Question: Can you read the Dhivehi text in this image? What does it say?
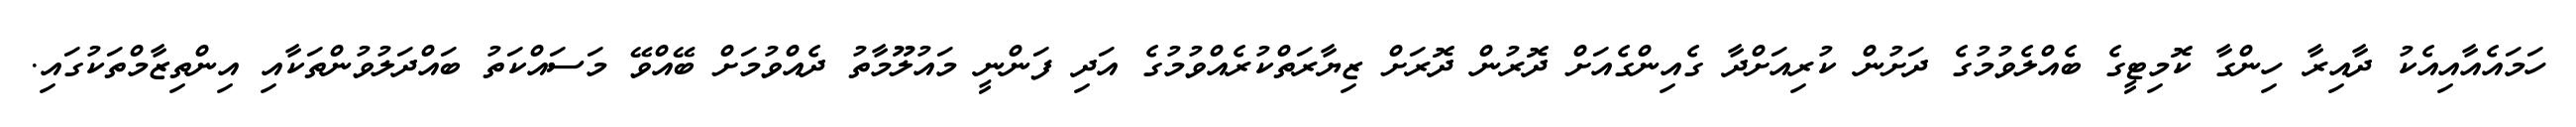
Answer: ހަމައެއާއިއެކު ދާއިރާ ހިންގާ ކޮމިޓީގެ ބެއްލެވުމުގެ ދަށުން ކުރިއަށްދާ ގެއިންގެއަށް ދޮރުން ދޮރަށް ޒިޔާރަތްކުރެއްވުމުގެ އަދި ފަންނީ މައުލޫމާތު ދެއްވުމަށް ބޭއްވޭ މަސައްކަތު ބައްދަލުވުންތަކާއި އިންތިޒާމްތަކުގައި.